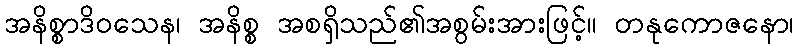
အနိစ္စာဒိဝသေန၊ အနိစ္စ အစရှိသည်၏အစွမ်းအားဖြင့်။ တနုကောဇနော၊